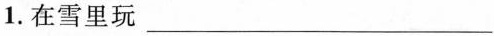
1.在雪里玩___